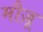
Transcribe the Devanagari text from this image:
मौज़ू